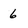
Character: 6